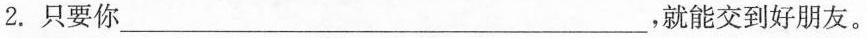
2.只要你\underline，就能交到好朋友。